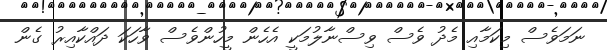
ނަމަވެސް މިކަމާއި މެދު ވެސް ވިސްނާލުމަކީ އެހެން މީހުންވެސް ވާހަކަ ދައްކާއިރު ގެން